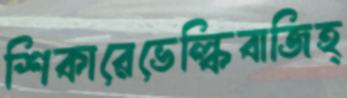
শিকারেভেল্কিবাজিহ্